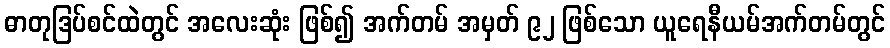
ဓာတုဒြပ်စင်ထဲတွင် အလေးဆုံး ဖြစ်၍ အက်တမ် အမှတ် ၉၂ ဖြစ်သော ယူရေနီယမ်အက်တမ်တွင်